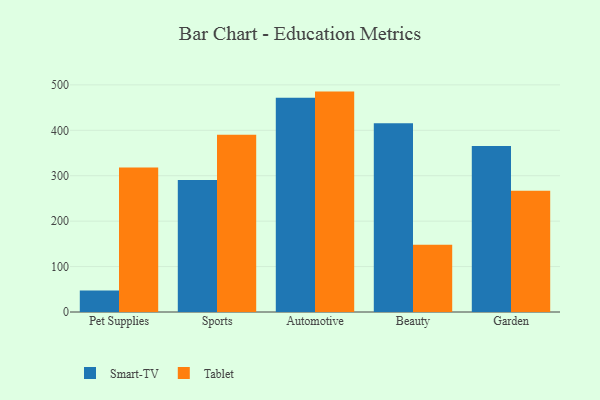
{"axis": {"x": "Category", "y": "Customer Acquisition Cost (USD)"}, "legend": ["Smart-TV", "Tablet"], "data": [{"x": "Pet Supplies", "y": 47.6, "type": "Smart-TV"}, {"x": "Pet Supplies", "y": 317.9, "type": "Tablet"}, {"x": "Sports", "y": 290.4, "type": "Smart-TV"}, {"x": "Sports", "y": 390.3, "type": "Tablet"}, {"x": "Automotive", "y": 471.5, "type": "Smart-TV"}, {"x": "Automotive", "y": 485.2, "type": "Tablet"}, {"x": "Beauty", "y": 415.6, "type": "Smart-TV"}, {"x": "Beauty", "y": 148.2, "type": "Tablet"}, {"x": "Garden", "y": 365.7, "type": "Smart-TV"}, {"x": "Garden", "y": 266.9, "type": "Tablet"}]}